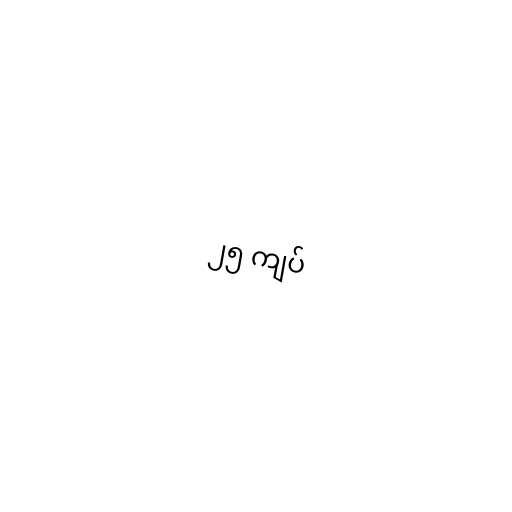
၂၅ ကျပ်